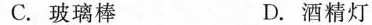
C.玻璃棒 D.酒精灯